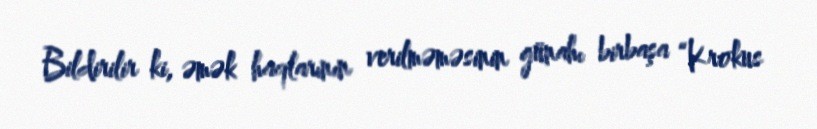
Bildirilir ki, əmək haqlarının verilməməsinin günahı birbaşa “Krokus